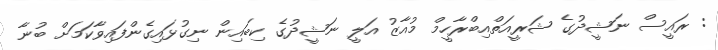
: ރައީސް ނަޝީދުގެ ޝަރީއަތްއިބްރާހީމް މުއާޒު އަލީ ނަޝީދުގެ ކިބައިން ނިގުޅައިގެންފައިވާކަމަށް ބުނާ